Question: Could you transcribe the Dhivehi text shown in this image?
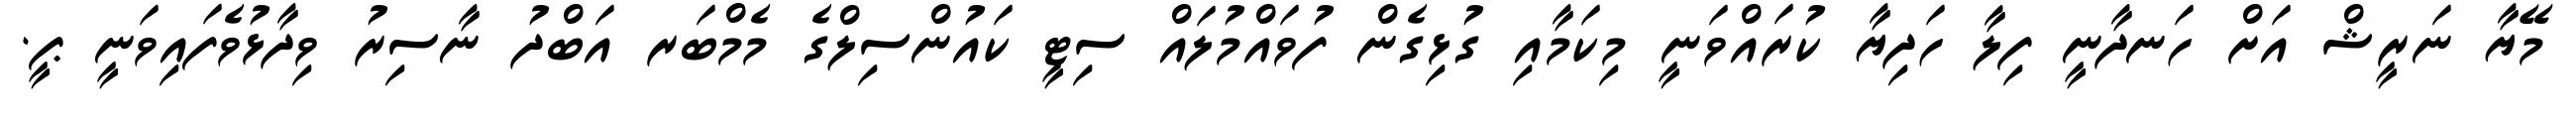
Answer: މޭޔާ ނަރީޝް އަށް ހަނދާނީ ފިލާ ހަދިޔާ ކުރައްވަނީ މިކަމާއި ގުޅިގެން ފުވައްމުލައް ސިޓީ ކައުންސިލްގެ މެމްބަރ އަބްދު ނާސިރު ވިދާޅުވެފައިވަނީ ޕީ.